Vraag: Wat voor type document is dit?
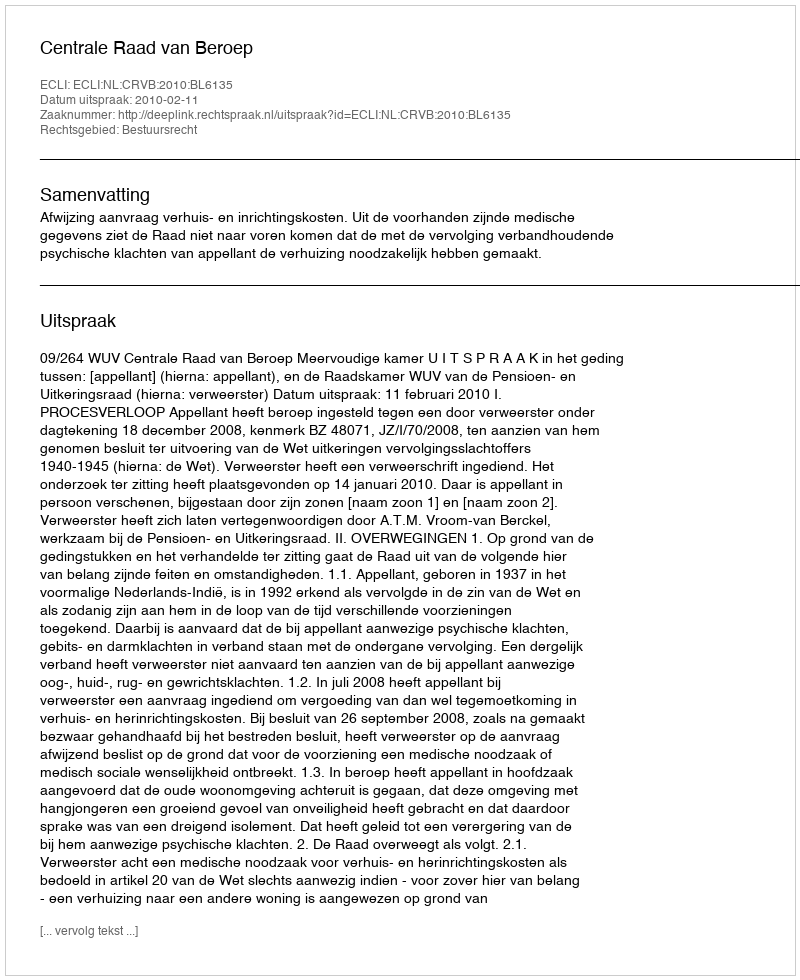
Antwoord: Uitspraak